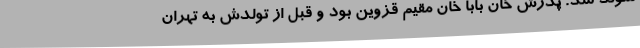
متولد شد. پدرش خان بابا خان مقیم قزوین بود و قبل از تولدش به تهران